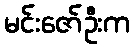
မင်းဇော်ဦးက